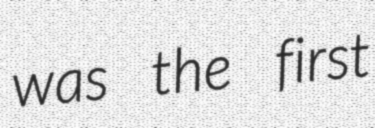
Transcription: was the first